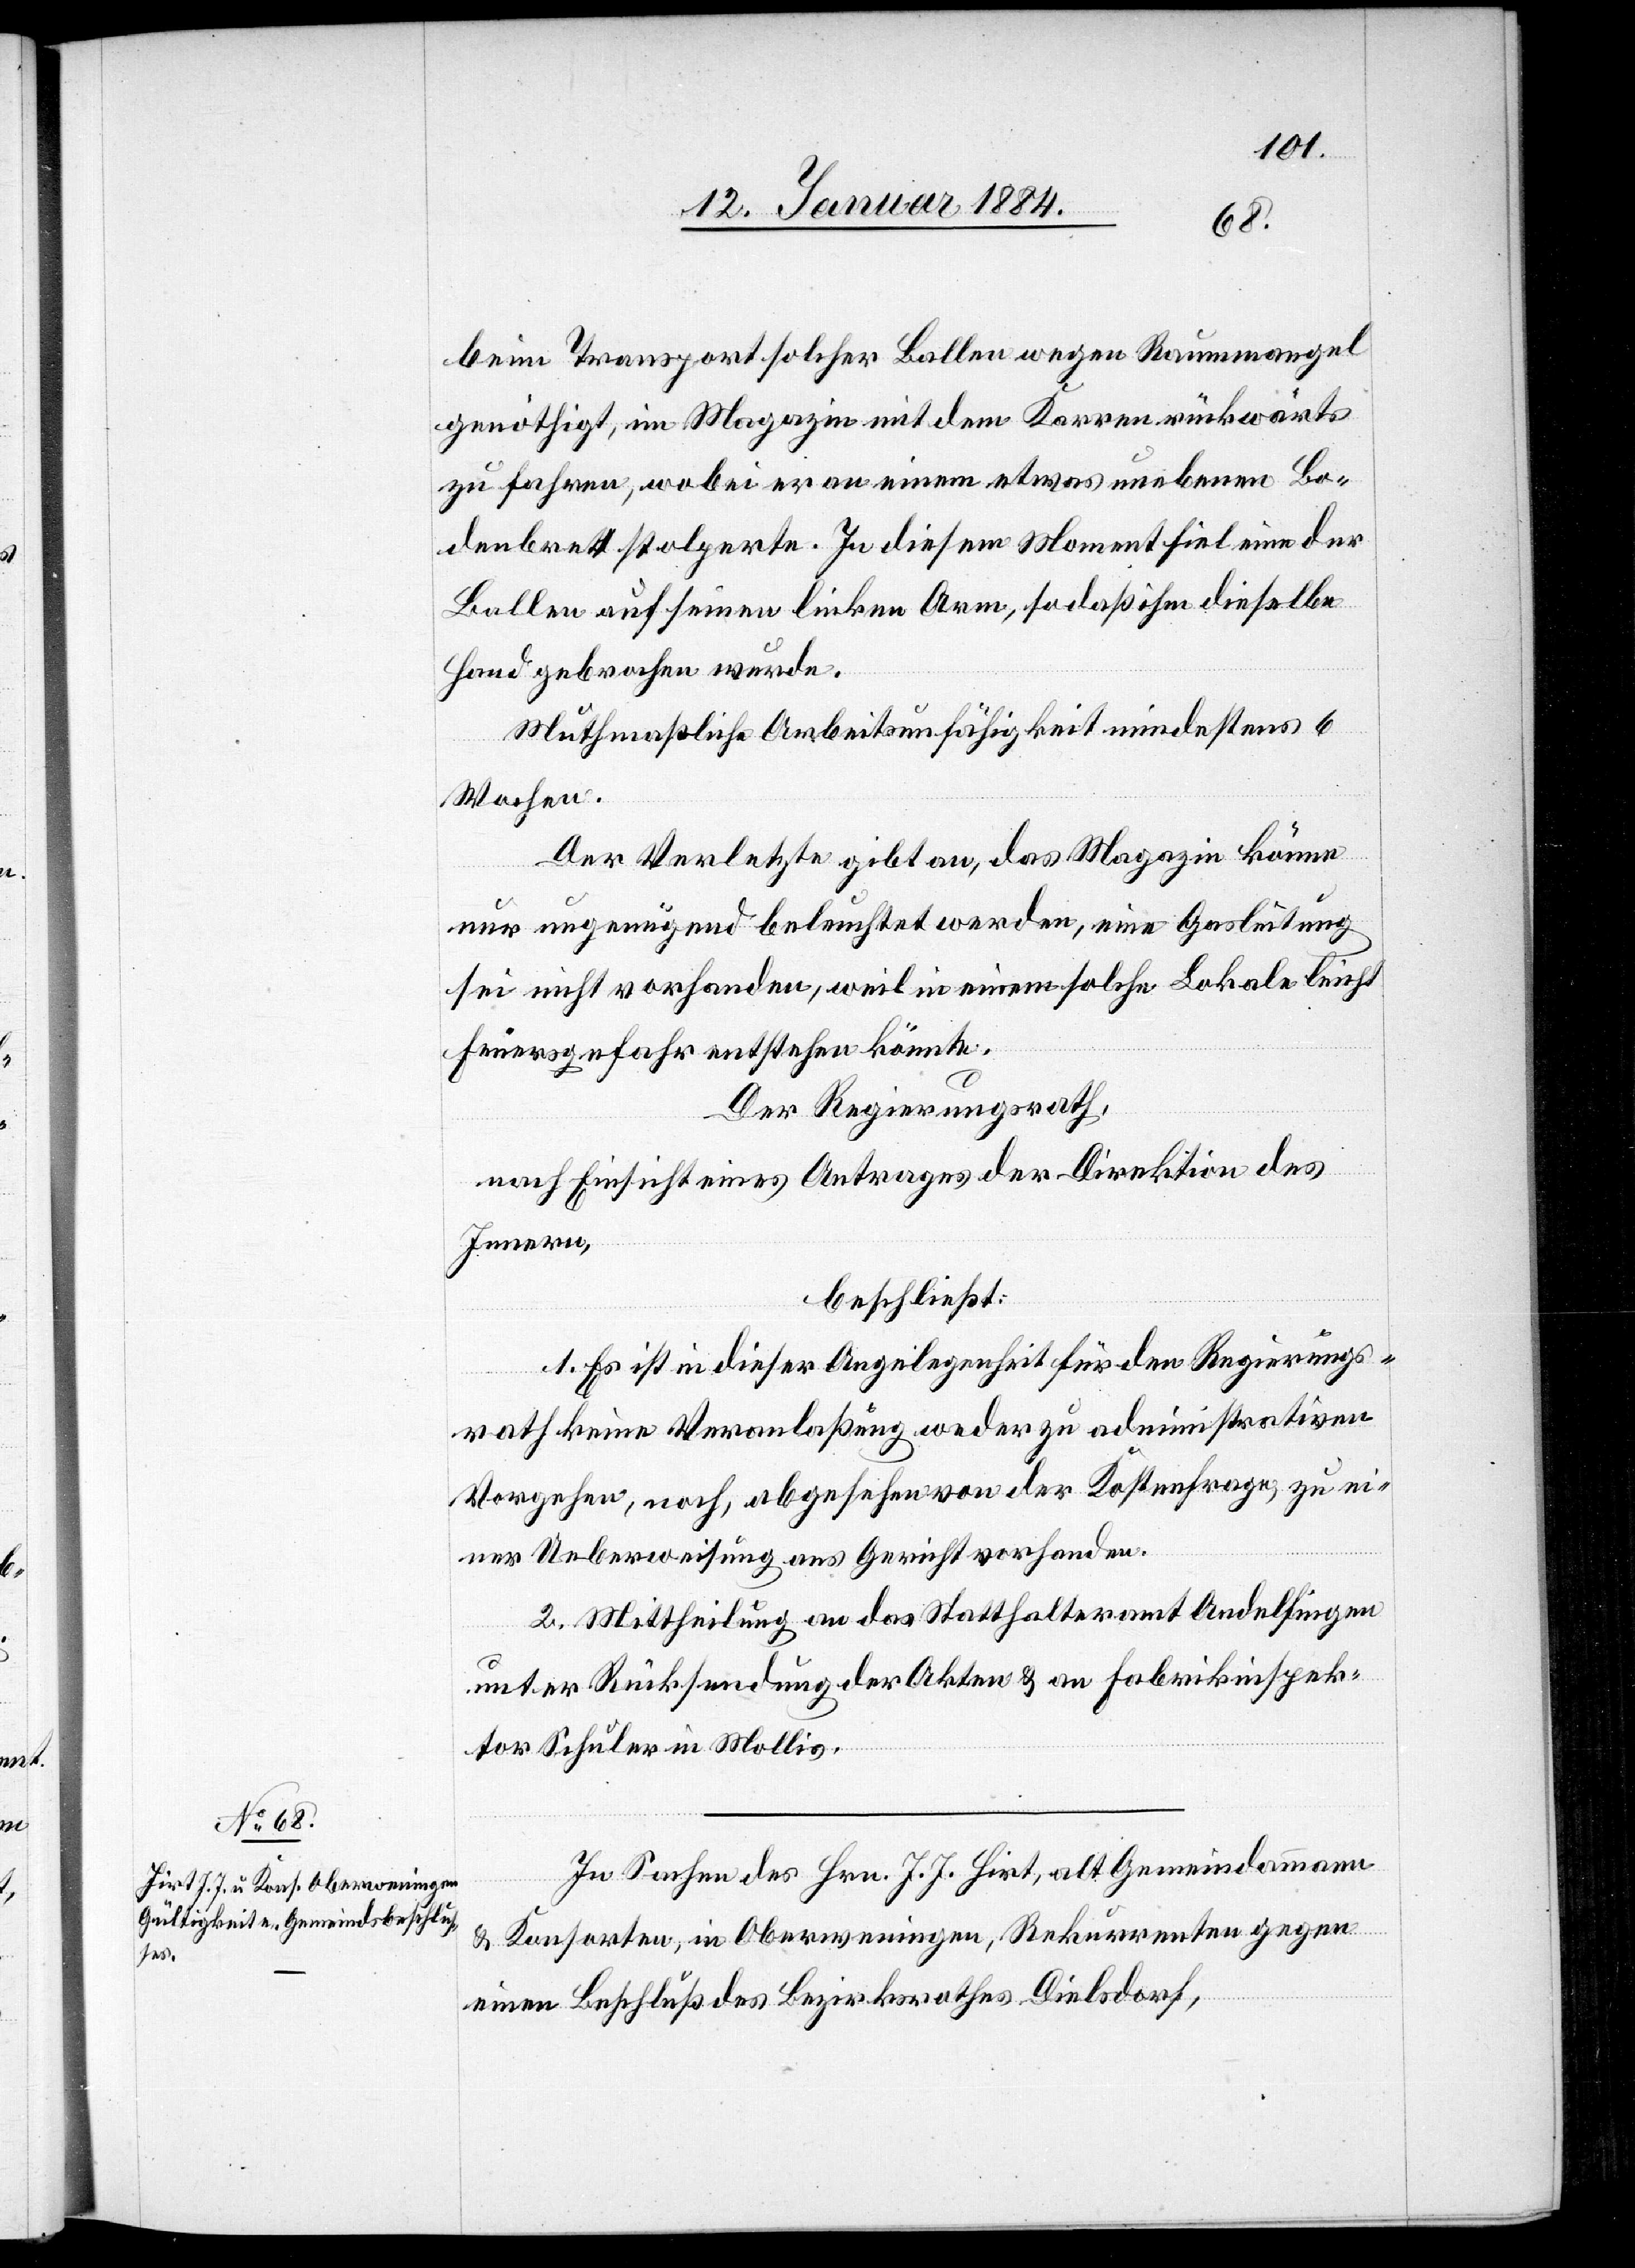
beim Transport solcher Ballen wegen Raummangel
genöthigt, im Magazin mit dem Karren rückwärts
zu fahren, wobei er an einem etwas unebenen Bo¬
denbrett stolperte. In diesem Moment fiel einer der
Ballen auf seinen linken Arm, so daß ihm dieselbe
Hand gebrochen wurde.
Muthmaßliche Arbeitsunfähigkeit mindestens 6
Wochen.
Der Verletzte gibt an, das Magazin könne
nur ungenügend beleuchtet werden, eine Gasleitung
sei nicht vorhanden, weil in einem solchen Lokale leicht
Feuergefahr entstehen könnte.
Der Regierungsrath,
nach Einsicht eines Antrages der Direktion des
Innern,
beschließt:
1. Es ist in dieser Angelegenheit für den Regierungs¬
rath keine Veranlaßung weder zu administrativen
Vorgehen, noch, abgesehen von der Kostenfrage, zu ei¬
ner Ueberweisung ans Gericht vorhanden.
2. Mittheilung an das Statthalteramt Andelfingen
unter Rücksendung der Akten & an Fabrikinspek¬
tor Schuler in Mollis.
In Sachen des Hrn. J. J. Hirt, alt Gemeindammann
& Konsorten, in Oberweningen, Rekurrenten gegen
einen Beschluß des Bezirksrathes Dielsdorf,